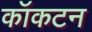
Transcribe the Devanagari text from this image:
कॉकटन